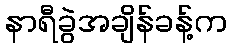
နာရီခွဲအချိန်ခန့်က